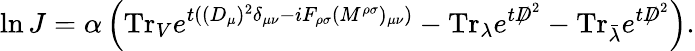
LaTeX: \ln J=\alpha\left(\mathrm{Tr}_{V}e^{t((D_{\mu})^{2}\delta_{\mu\nu}-iF_{\rho\sigma}(M^{\rho\sigma})_{\mu\nu})}-\mathrm{Tr}_{\lambda}e^{t{\not D}^{2}}-\mathrm{Tr}_{\bar{\lambda}}e^{t{\not D}^{2}}\right).